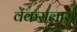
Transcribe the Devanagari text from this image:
वेंकसलास